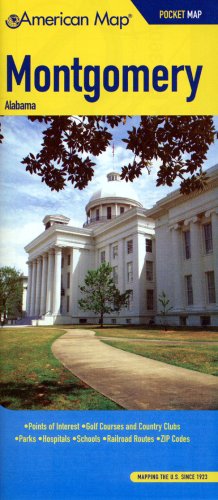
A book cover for American Map Montgomery, Al Pocket Map; Travel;